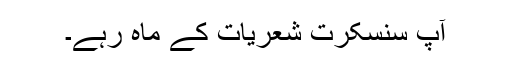
آپ سنسکرت شعریات کے ماہ رہے۔